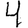
Digit: 4